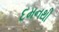
દમનથી